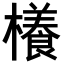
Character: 𣝡